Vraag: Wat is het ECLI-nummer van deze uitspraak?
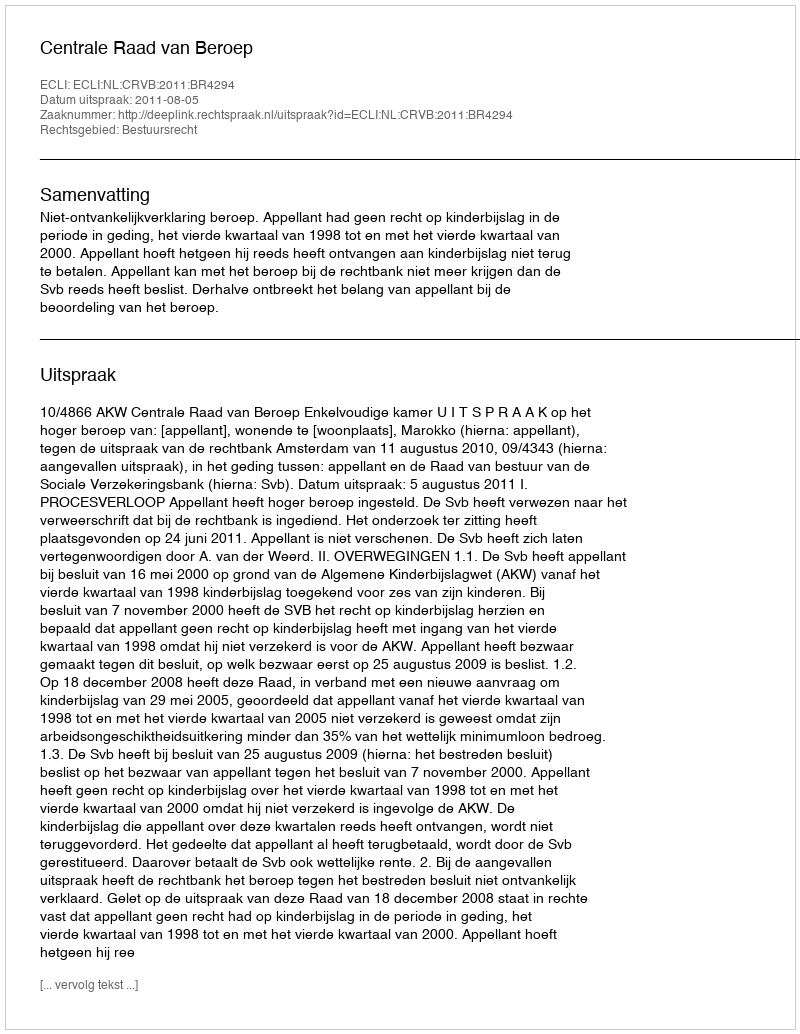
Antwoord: ECLI:NL:CRVB:2011:BR4294